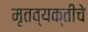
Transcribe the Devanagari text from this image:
मृतव्यक्तीचे